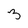
Character: 3